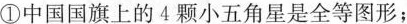
①中国国旗上的4颗小五角星是全等图形；